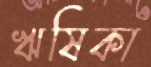
ঋষিকা